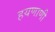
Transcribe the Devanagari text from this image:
हयणाणी